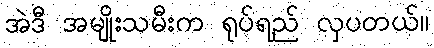
အဲဒီ အမျိုးသမီးက ရုပ်ရည် လှပတယ်။